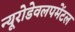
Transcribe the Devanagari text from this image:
न्यूरोडेवलपमेंटल